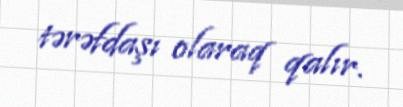
tərəfdaşı olaraq qalır.